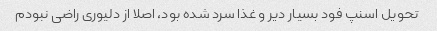
تحویل اسنپ فود بسیار دیر و غذا سرد شده بود، اصلا از دلیوری راضی نبودم